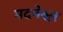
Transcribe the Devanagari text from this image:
मदनेश्वर